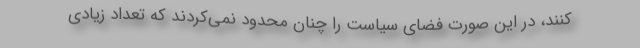
کنند، در این صورت فضای سیاست را چنان محدود نمی‌کردند که تعداد زیادی